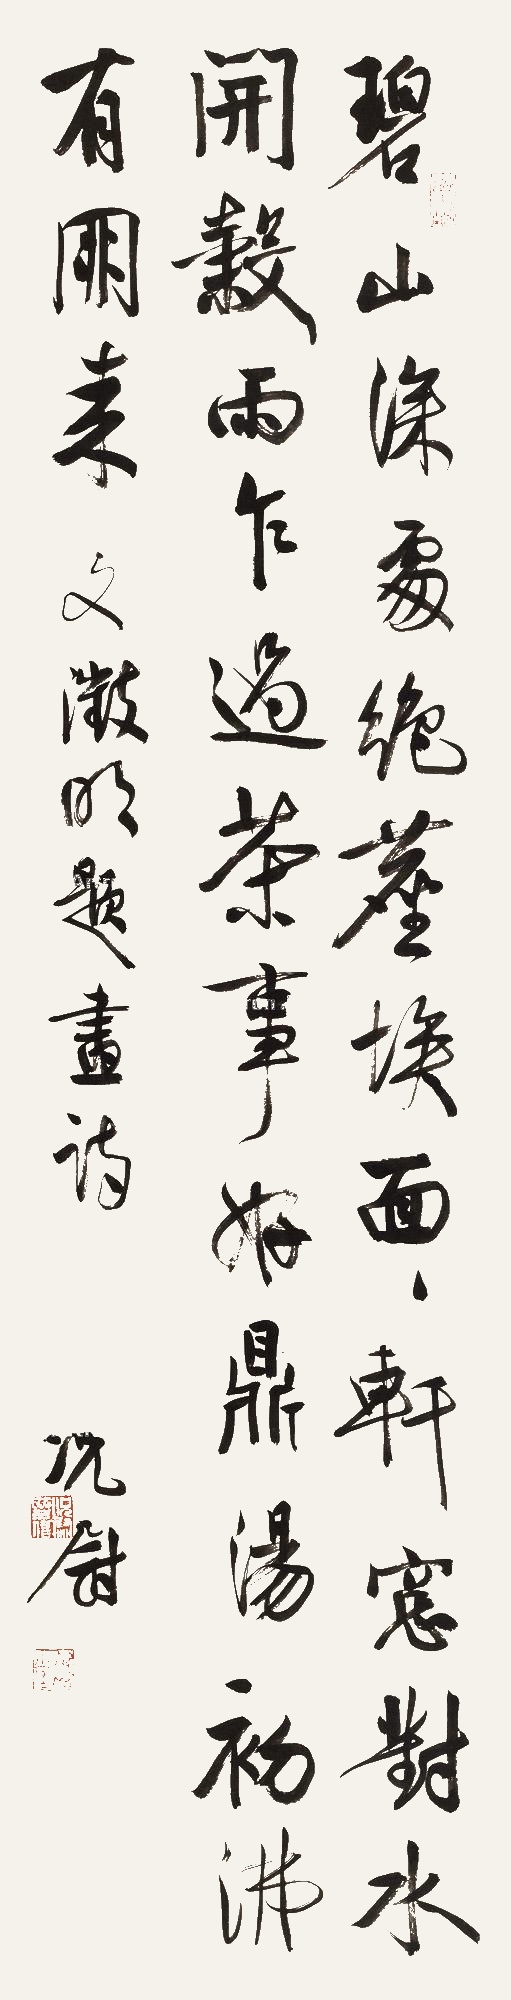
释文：碧山深处绝尘埃，面面轩窗对水开。谷雨乍过茶事好，鼎汤初沸有朋来。文征明题画诗。况尉。